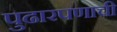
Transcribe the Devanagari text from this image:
पुढारपणाची